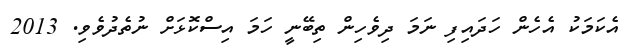
އެކަމަކު އެހެން ހަދައިފި ނަމަ ދިވެހިން ތިބޭނީ ހަމަ އިސްކޮޅަށް ނުތެދުވެވި. 2013